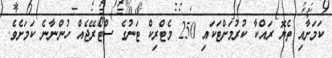
ކަމަށާއި ތެޔޮ ރައްކާ ކުރުމަށްޓަކައި 250 މެޓްރިކް ޓަނުގެ ސްޓޯރޭޖެެއް ހުންނާނެ ކަމަށެވެ.